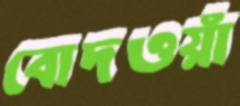
বোদওয়াঁ